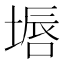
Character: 𱗜